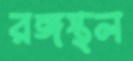
রঙ্গস্থল